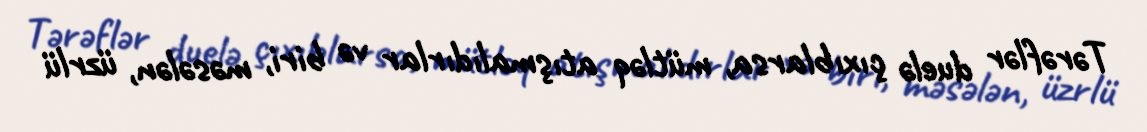
Tərəflər duelə çıxıblarsa, mütləq atışmalıdırlar və biri, məsələn, üzrlü